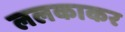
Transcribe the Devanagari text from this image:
ललकाकर